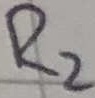
Text: R2